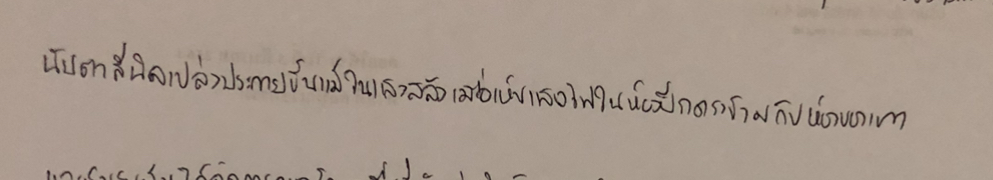
นัยน์ตาสีนิลเปล่งประกายขึ้นแม้ในแสงสลัวเมื่อเห็นแสงไฟในห้องปีกตรงข้ามกับห้องของเขา